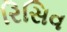
રિસિવ